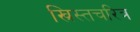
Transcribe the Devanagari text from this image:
ख्रिस्तचरित्र